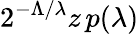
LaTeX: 2^{-\Lambda/\lambda}z\, p(\lambda)